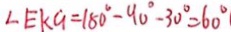
\angle E K G = 1 8 0 ^ { \circ } - 9 0 ^ { \circ } - 3 0 ^ { \circ } = 6 0 ^ { \circ }